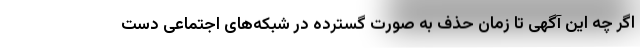
اگر چه این آگهی تا زمان حذف به صورت گسترده در شبکه‌های اجتماعی دست